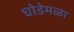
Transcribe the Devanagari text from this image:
घोडेमळा